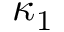
\kappa _ { 1 }